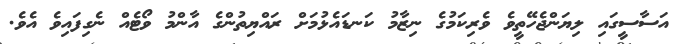
އަސާސީގައި ލިޔަންޖެހޭތީވެ ވެރިކަމުގެ ނިޒާމު ކަނޑައެޅުމަށް ރައްޔިތުންގެ އާންމު ވޯޓެއް ނެގިފައިވެ އެވެ.